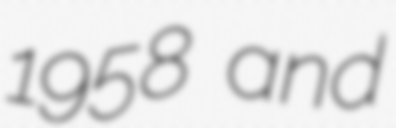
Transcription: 1958 and